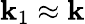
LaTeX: {\mathbf k}_{1}\approx{\mathbf k}